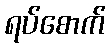
ရပ်စောက်